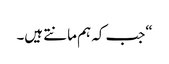
“جب کہ ہم مانتے ہیں۔